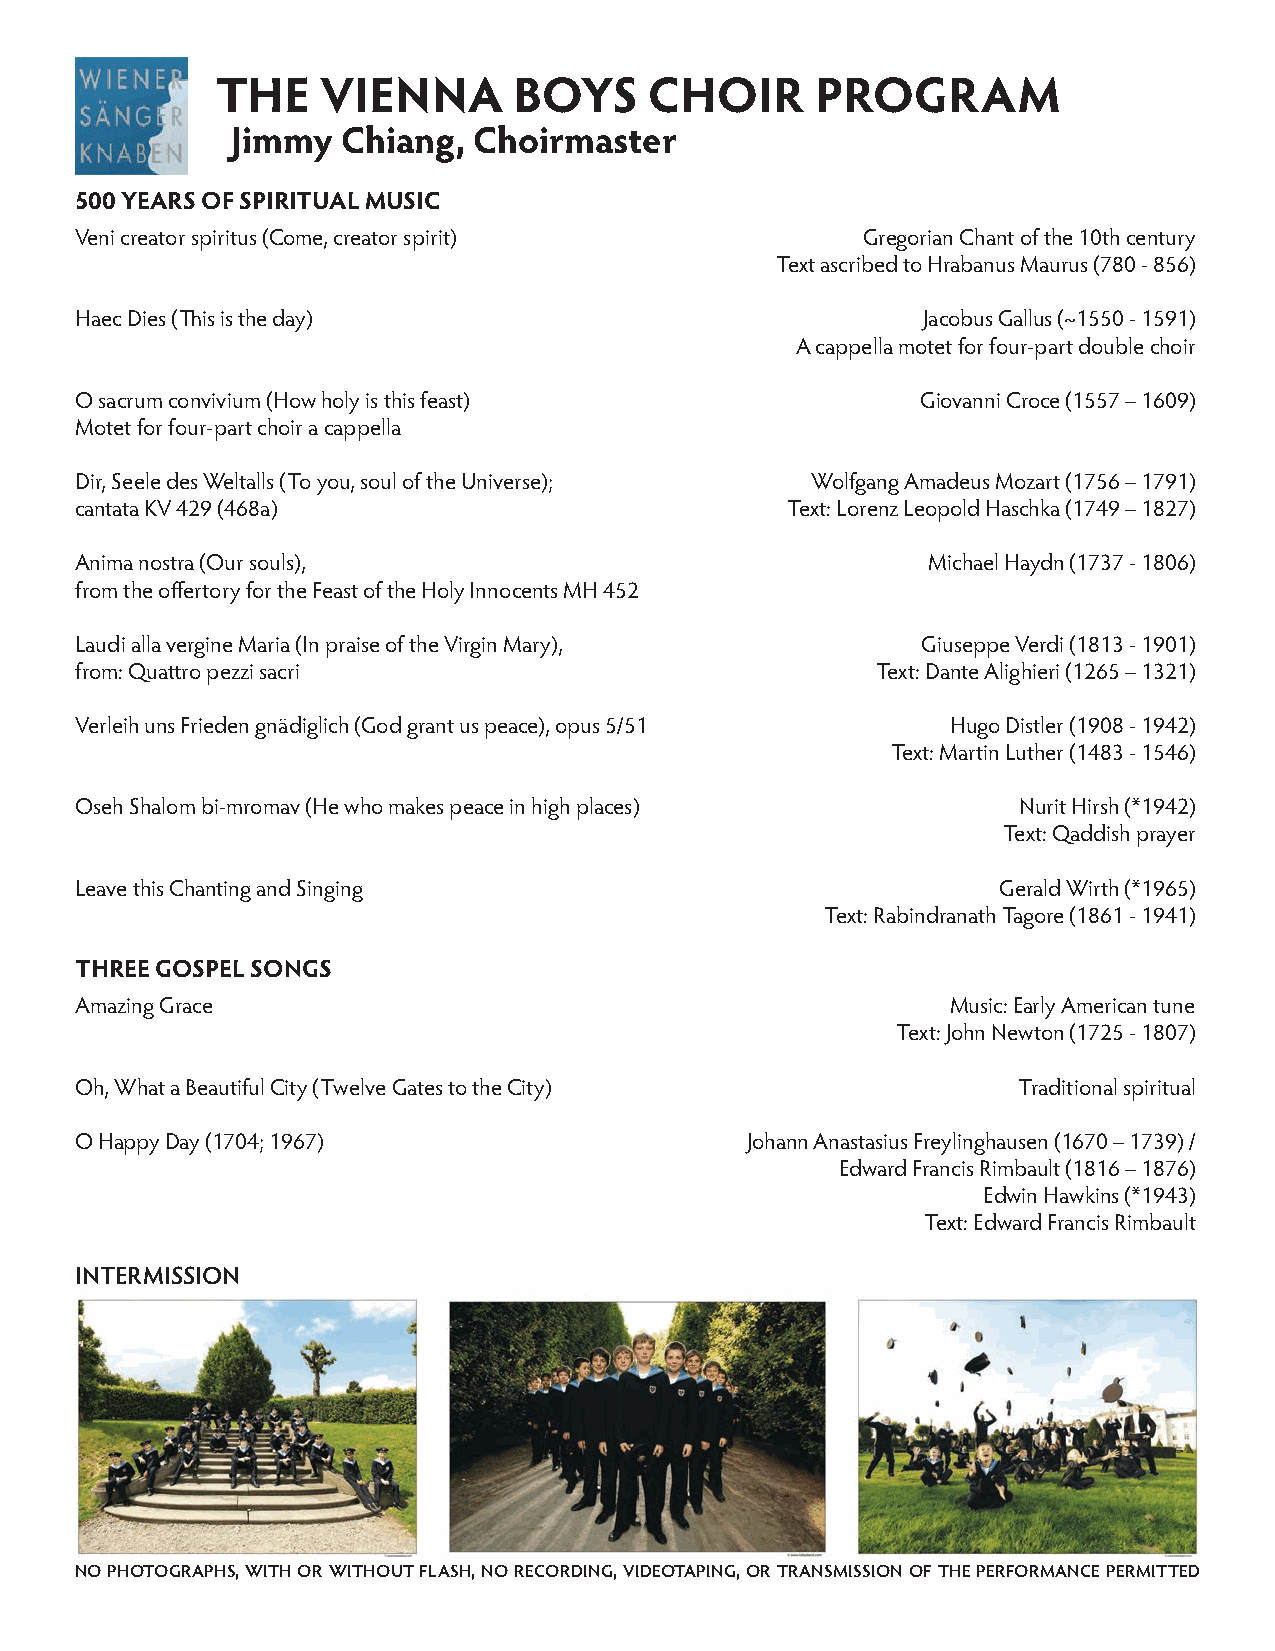
THE    VIENNA       BOYS     CHOIR      PROGRAM
 Jimmy   Chiang, Choirmaster
 500 YEARS OF SPIRITUAL MUSIC
 Veni creator spiritus (Come, creator spirit)        Gregorian Chant of the 10th century
 Text ascribed to Hrabanus Maurus (780 - 856)
 Haec Dies (This is the day)                             Jacobus Gallus (~1550 - 1591)
 A cappella motet for four-part double choir
 O sacrum convivium (How holy is this feast)             Giovanni Croce (1557 – 1609)
 Motet for four-part choir a cappella
 Dir, Seele des Weltalls (To you, soul of the Universe); Wolfgang Amadeus Mozart (1756 – 1791)
 cantata KV 429 (468a)                          Text: Lorenz Leopold Haschka (1749 – 1827)
 Anima nostra (Our souls),                               Michael Haydn (1737 - 1806)
 from the offertory for the Feast of the Holy Innocents MH 452
 Laudi alla vergine Maria (In praise of the Virgin Mary), Giuseppe Verdi (1813 - 1901)
 from: Quattro pezzi sacri                            Text: Dante Alighieri (1265 – 1321)
 Verleih uns Frieden gnädiglich (God grant us peace), opus 5/51 Hugo Distler (1908 - 1942)
 Text: Martin Luther (1483 - 1546)
 Oseh Shalom bi-mromav (He who makes peace in high places)     Nurit Hirsh (*1942)
 Text: Qaddish prayer
 Leave this Chanting and Singing                              Gerald Wirth (*1965)
 Text: Rabindranath Tagore (1861 - 1941)
 THREE GOSPEL SONGS
 Amazing Grace                                             Music: Early American tune
 Text: John Newton (1725 - 1807)
 Oh, What a Beautiful City (Twelve Gates to the City)          Traditional spiritual
 O Happy Day (1704; 1967)                    Johann Anastasius Freylinghausen (1670 – 1739) /
 Edward Francis Rimbault (1816 – 1876)
 Edwin Hawkins (*1943)
 Text: Edward Francis Rimbault
 INTERMISSION
 NO PHOTOGRAPHS, WITH OR WITHOUT FLASH, NO RECORDING, VIDEOTAPING, OR TRANSMISSION OF THE PERFORMANCE PERMITTED